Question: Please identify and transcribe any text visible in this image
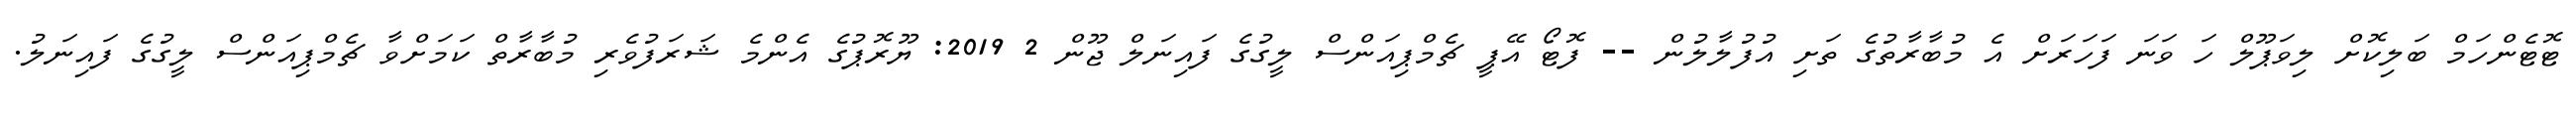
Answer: ޓޮޓެންހަމް ބަލިކޮށް ލިވަޕޫލް ހަ ވަނަ ފަހަރަށް އެ މުބާރާތުގެ ތަށި އުފުލާލުން -- ފޮޓޯ އޭޕީ ޗެމްޕިއަންސް ލީގުގެ ފައިނަލް ޖޫން 2 2019: ޔޫރޮޕުގެ އެންމެ ޝަރަފުވެރި މުބާރާތް ކަމަށްވާ ޗެމްޕިއަންސް ލީގުގެ ފައިނަލު.